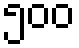
၅၀၀